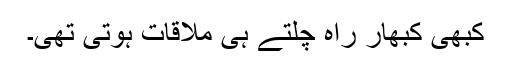
کبھی کبھار راہ چلتے ہی ملاقات ہوتی تھی۔